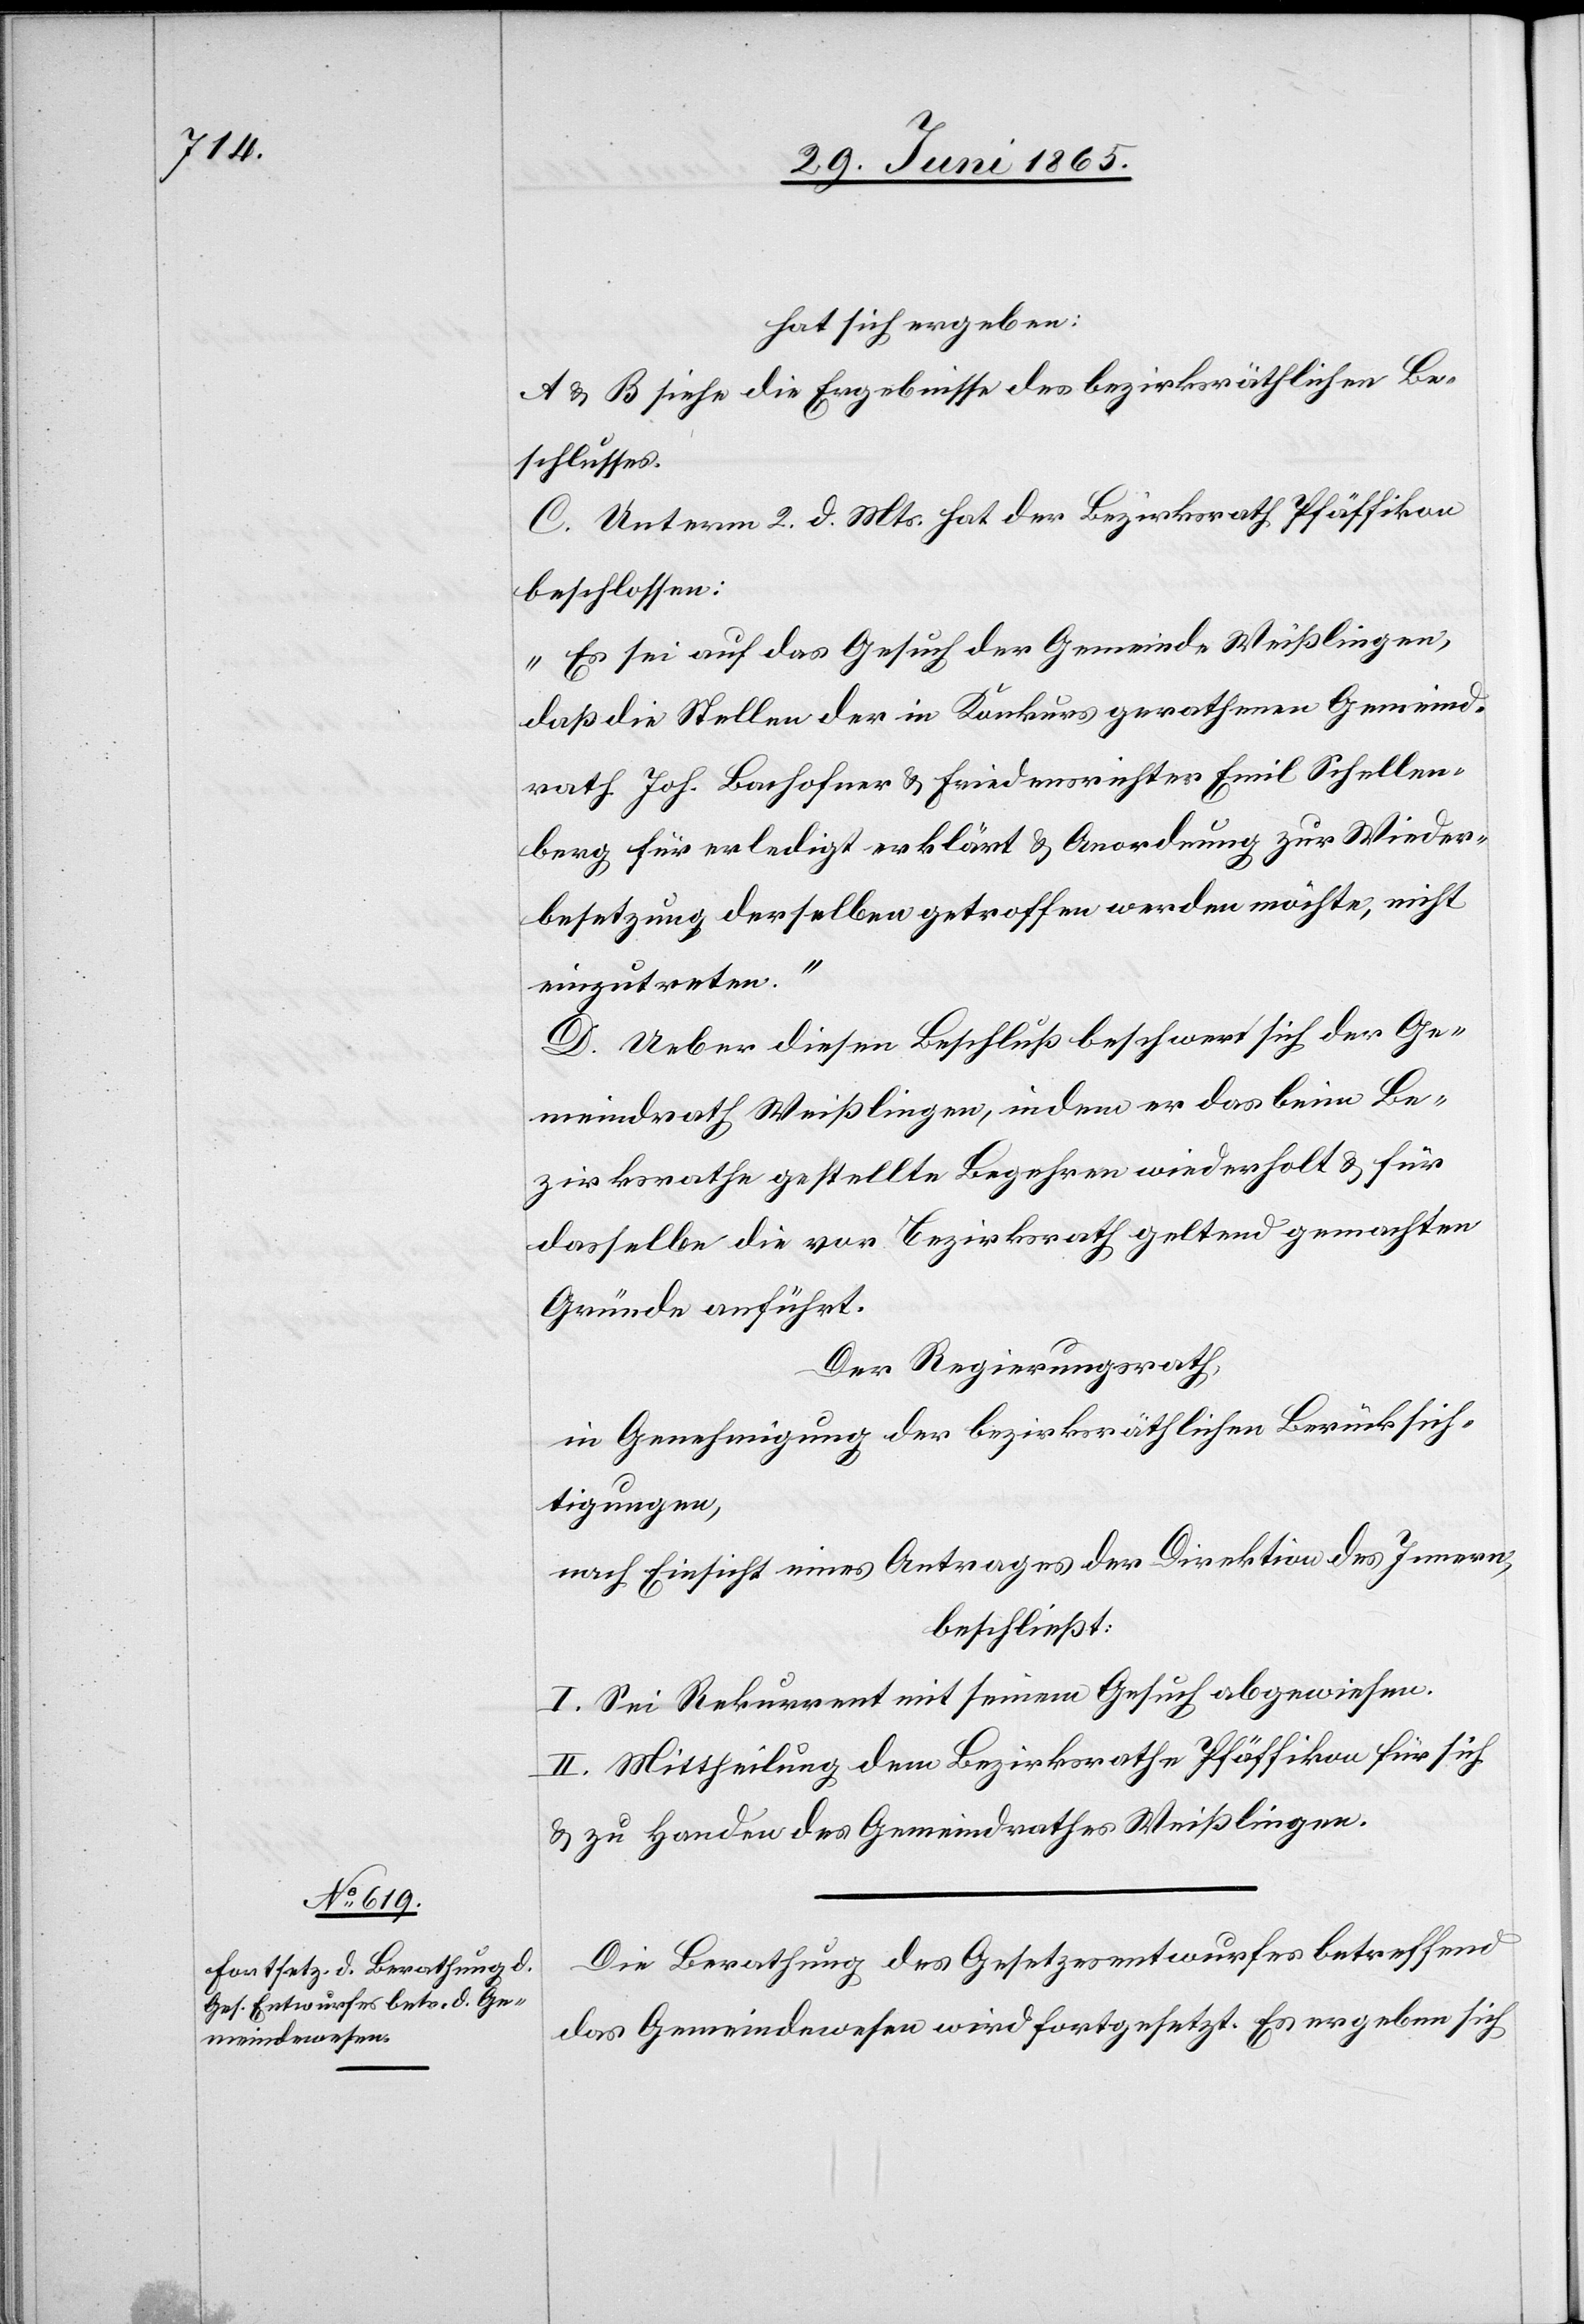
hat sich ergeben:
A & B siehe die Ergebnisse des bezirksräthlichen Be¬
schlusses.
C. Unterm 2. D. Mts. hat der Bezirksrath Pfäffikon
beschlossen:
„Es sei auf das Gesuch der Gemeinde Weißlingen,
das die Stellen der in Konkurs gerathenen Gemeind¬
rath Joh. Bachofner & Friedensrichter Emil Schellen¬
berg für erledigt erklärt & Anordnung zur Wieder¬
besetzung derselben getroffen werden möchte, nicht
einzutreten.“
D. Ueber diesen Beschluß beschwert sich der Ge¬
meindrath Weißlingen, indem er das beim Be¬
zirksrathe gestellte Begehren wiederholt & für
dasselbe die vor Bezirksrath geltend gemachten
Gründe anführt.
Der Regierungsrath,
in Genehmigung der bezirksräthlichen Berücksich¬
tigungen,
nach Einsicht eines Antrages der Direktion des Innern,
beschließt:
I. Sei Rekurrent mit seinem Gesuch abgewiesen.
II. Mittheilung dem Bezirksrathe Pfäffikon für sich
& zu Handen des Gemeindrathes Weißlingen.
Die Berathung des Gesetzesentwurfes betreffend
das Gemeindewesen wird fortgesetzt. Es ergeben sich